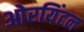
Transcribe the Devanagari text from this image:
ओरयिंटल